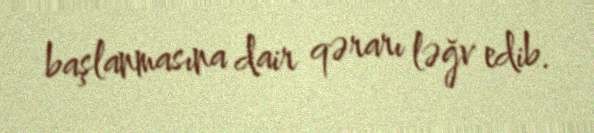
başlanmasına dair qərarı ləğv edib.